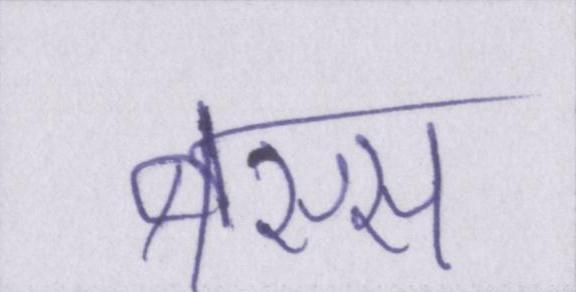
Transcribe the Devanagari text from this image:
बस्स